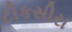
ટીકસીરા